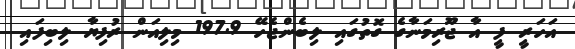
އަހަރީ ފީ އާ ޖޫރިމަނާގެ ގޮތުގައި ލިބެންޖެހޭ 197.9 މިލިއަން ރުފިޔާ ލިބިފައި